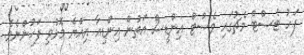
ފަހު ޓެސްޓް މެޗުގައި ވެސްޓް އިންޑީސް އަތުން އިންޑިއާ އިއްޔެ މޮޅުވި ފަހުންނެވެ.